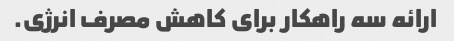
ارائه سه راهکار برای کاهش مصرف انرژی.